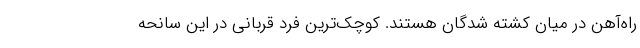
راه‌آهن در میان کشته شدگان هستند. کوچک‌ترین فرد قربانی در این سانحه